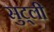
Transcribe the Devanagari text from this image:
सुट्ली